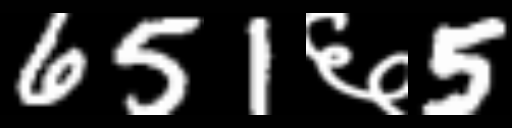
Text: 651६5